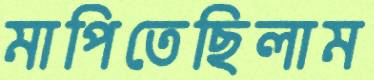
মাপিতেছিলাম